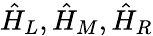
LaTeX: \hat{H}_{L},\hat{H}_{M},\hat{H}_{R}